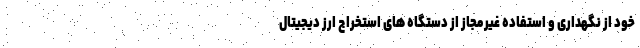
خود از نگهداری و استفاده غیرمجاز از دستگاه های استخراج ارز دیجیتال